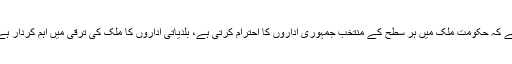
18 اکتوبر2017ء) وزیراعظم شاہد خاقان عباسی نے کہا ہے کہ حکومت ملک میں ہر سطح کے منتخب جمہوری اداروں کا احترام کرتی ہے، بلدیاتی اداروں کا ملک کی ترقی میں اہم کردار ہے، شراکتی جمہوریت ہی جمہوری استحکام کی ضمانت ہے۔